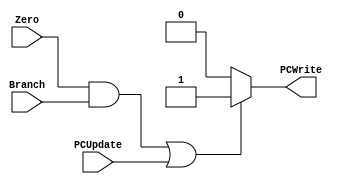


module Logic  (
    
 input      wire                  Branch,
 input      wire                  Zero,
 input      wire                  PCUpdate,
 output     wire                  PCWrite 
  
);


assign PCWrite = ( ( Zero & Branch) | (PCUpdate) ) ? 1'b1 : 1'b0 ;

endmodule